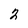
Character: 2